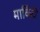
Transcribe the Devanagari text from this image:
मार्किटों